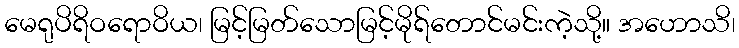
မေရုပိရိဝရောဝိယ၊ မြင့်မြတ်သောမြင့်မိုရ်တောင်မင်းကဲ့သို့။ အဟောသိ၊